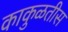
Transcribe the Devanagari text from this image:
काकुळतीस